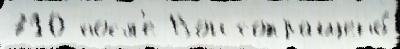
710 посл'е Вон сокращено́